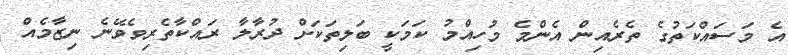
އެ މަސައްކަތުގެ ތެރެއިން އެންމެ މުހިއްމު ކަމަކީ ބަލިތަކަށް ދުރާލާ ރައްކާތެރިވެވޭނެ ނިޒާމެއް